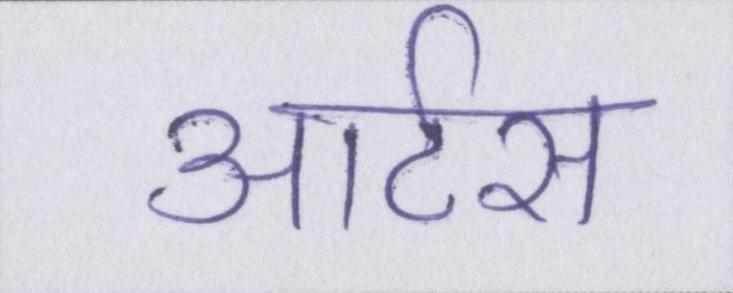
आर्टस